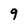
Character: 9